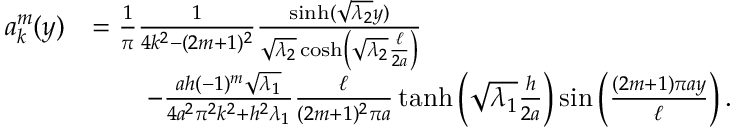
\begin{array} { r l } { a _ { k } ^ { m } ( y ) } & { = \frac { 1 } { \pi } \frac { 1 } { 4 k ^ { 2 } - ( 2 m + 1 ) ^ { 2 } } \frac { \sinh ( \sqrt { \lambda _ { 2 } } y ) } { \sqrt { \lambda _ { 2 } } \cosh \left( \sqrt { \lambda _ { 2 } } \frac { \ell } { 2 a } \right) } } \\ & { \quad \quad - \frac { a h ( - 1 ) ^ { m } \sqrt { \lambda _ { 1 } } } { 4 a ^ { 2 } \pi ^ { 2 } k ^ { 2 } + h ^ { 2 } \lambda _ { 1 } } \frac { \ell } { ( 2 m + 1 ) ^ { 2 } \pi a } \operatorname { t a n h } \left( \sqrt { \lambda _ { 1 } } \frac { h } { 2 a } \right) \sin \left( \frac { ( 2 m + 1 ) \pi a y } { \ell } \right) . } \end{array}